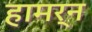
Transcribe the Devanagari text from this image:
हामर्न